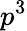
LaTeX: p^{3}